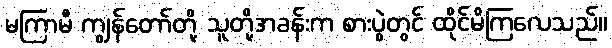
မကြာမီ ကျွန်တော်တို့ သူတို့အခန်းက စားပွဲတွင် ထိုင်မိကြလေသည်။